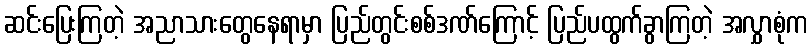
ဆင်းပြေးကြတဲ့ အညာသားတွေနေရာမှာ ပြည်တွင်းစစ်ဒဏ်ကြောင့် ပြည်ပထွက်ခွာကြတဲ့ အလွှာစုံက